Indian journal of veterinary science and animal husbandry - Volumes 24-25, 1954-1955
Year: 1954
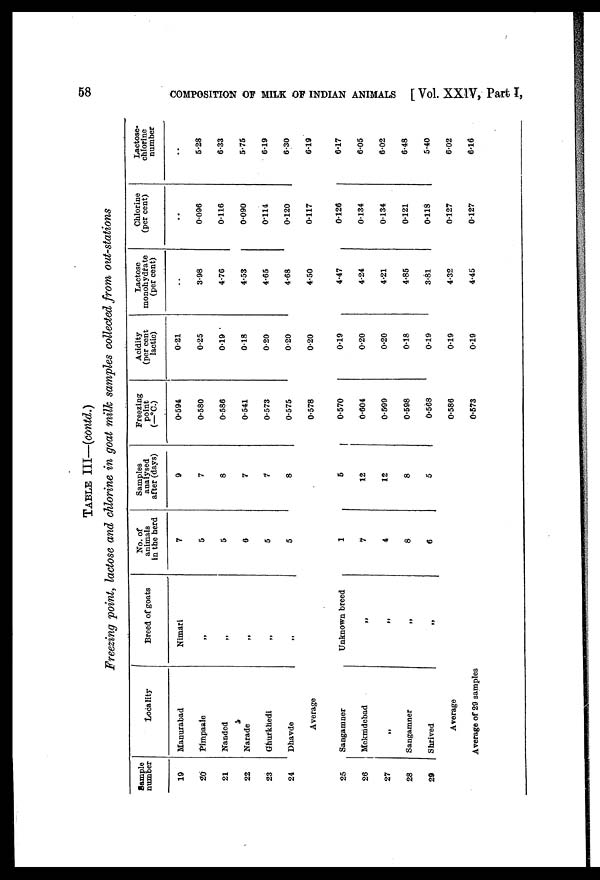
58
COMPOSITION
or MILK OF INDIAN ANIMALS [ Vol. XXIV, Part I,
TABLE III—(contd.)
Freezing point, lactose and chlorine in goat milk samples collected from out-stations
Sample
number
19
20
21
22
23
24
25
26
27
28
29
Locality
Manurabad
Pimpaaie
Nanded
Narade
Ghukhedi
Dhavde
Average
Sangamner
Mekmdebad
„
Sangamner
Shrived
Average
Average of 29 samples
Breed of goats
Nimari
„
„
„
„
„
Unknown breed
„
„
„
„
No. of
animals
in the herd
7
5
5
6
5
5
1
7
4
8
6
Samples
analysed
after (days)
9
7
8
7
7
8
5
12
12
8
5
Freezing
point
(—°C.)
0.594
0.580
0.586
0.541
0.573
0.575
0.578
0.570
0.604
0.599
0.598
0.568
0.586
0.573
Acidity
(per cent
lactic)
0.21
0.25
0.19
0.18
0.20
0.20
0.20
0.19
0.20
0.20
0.18
0.19
0.19
0.19
Lactose
monohydrate
(per cent)
..
3.98
4.76
4.53
4.65
4.68
4.50
4.47
4.24
4.21
4.85
3.81
4.32
4.45
Chlorine
(per cent)
..
0.096
0.116
0.090
0.114
0.120
0.117
0.126
0.134
0.134
0.121
0.118
0.127
0.127
Lactose
chlorine
number
..
5.28
6.33
5.75
6.19
6.30
6.19
6.17
6.05
6.02
6.48
5.40
6.02
6.16